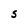
Character: S